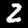
Label: 2